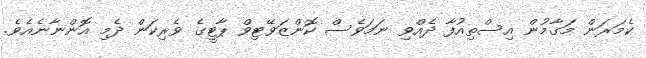
ކެމަރަން މަގާމުން އިސްތިއުފާ ދެއްވި ނަމަވެސް ކޮންޒަވޭޓިވް ޕާޓީގެ ވެރިކަން ދެމި އޮންނާނެއެވެ.